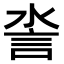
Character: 𧥿